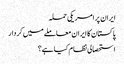
ایران پر امریکی حملہ
پاکستان کا ایران معاملے میں کردار
استحصالی نظام کیا ہے؟